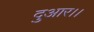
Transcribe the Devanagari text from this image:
दुआर।।